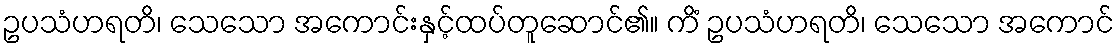
ဥပသံဟရတိ၊ သေသော အကောင်းနှင့်ထပ်တူဆောင်၏။ ကိံ ဥပသံဟရတိ၊ သေသော အကောင်